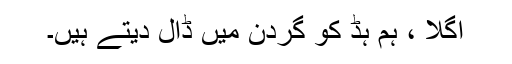
اگلا ، ہم ہڈ کو گردن میں ڈال دیتے ہیں۔